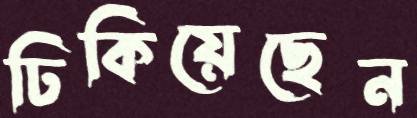
ঢিকিয়েছেন